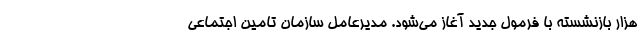
هزار بازنشسته با فرمول جدید آغاز می‌شود. مدیرعامل سازمان تامین اجتماعی